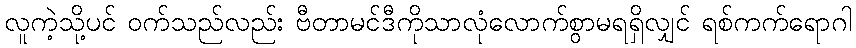
လူကဲ့သို့ပင် ဝက်သည်လည်း ဗီတာမင်ဒီကိုသာလုံလောက်စွာမရရှိလျှင် ရစ်ကက်ရောဂါ